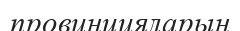
провинцияларын